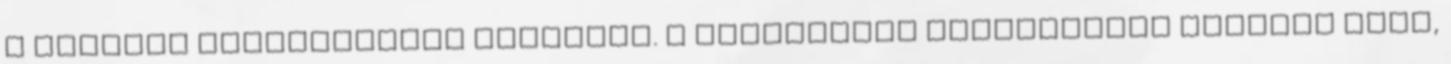
a számára rokonszenves jelöltre. A részvételi hajlandóság hasonló volt,